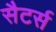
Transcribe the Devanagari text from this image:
सैटर्स